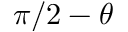
\pi / 2 - \theta